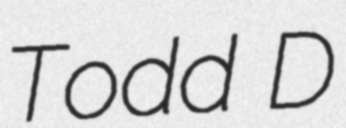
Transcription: Todd D